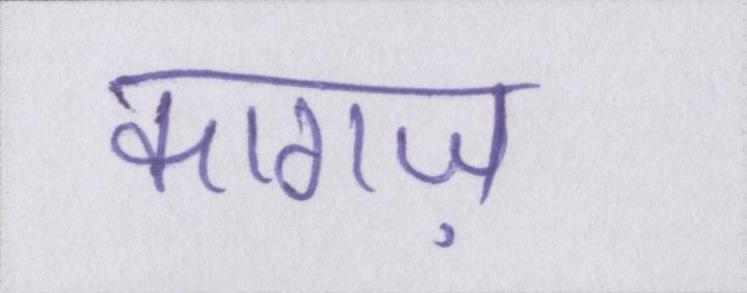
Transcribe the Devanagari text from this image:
कागज़